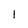
Character: 1